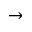
\to